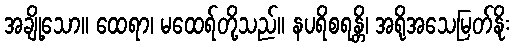
အချို့သော။ ထေရာ၊ မထေရ်တို့သည်။ နပရိစရန္တိ၊ အရိုအသေမြတ်နိုး